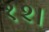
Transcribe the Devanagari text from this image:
१२।